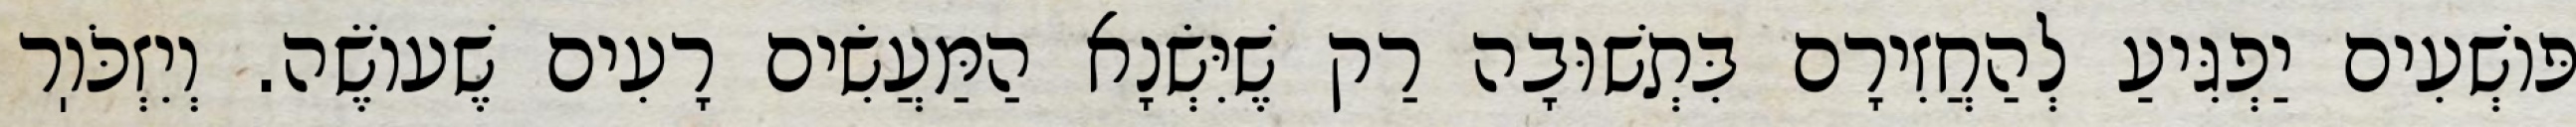
פּוֹשְׁעִים יַפְגִּיעַ לְהַחֲזִירָם בִּתְשׁוּבָה רַק שֶׁיִּשְׂנָא הַמַּעֲשִׂים רָעִים שֶׁעוֹשֶׂה. וְיִזְכֹּוֽר